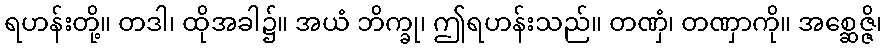
ရဟန်းတို့။ တဒါ၊ ထိုအခါ၌။ အယံ ဘိက္ခု၊ ဤရဟန်းသည်။ တဏှံ၊ တဏှာကို။ အစ္ဆေဇ္ဇိ၊